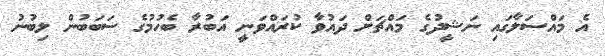
އެ މައްސަލާގައި ނަޝީދުގެ މައްޗަށް ދައުވާ ކުރައްވަނީ އަބުރާ ބެހުމުގެ ސަބަބުން ލިބުނު